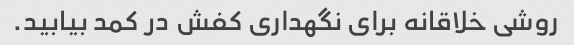
روشی خلاقانه برای نگهداری کفش در کمد بیابید.